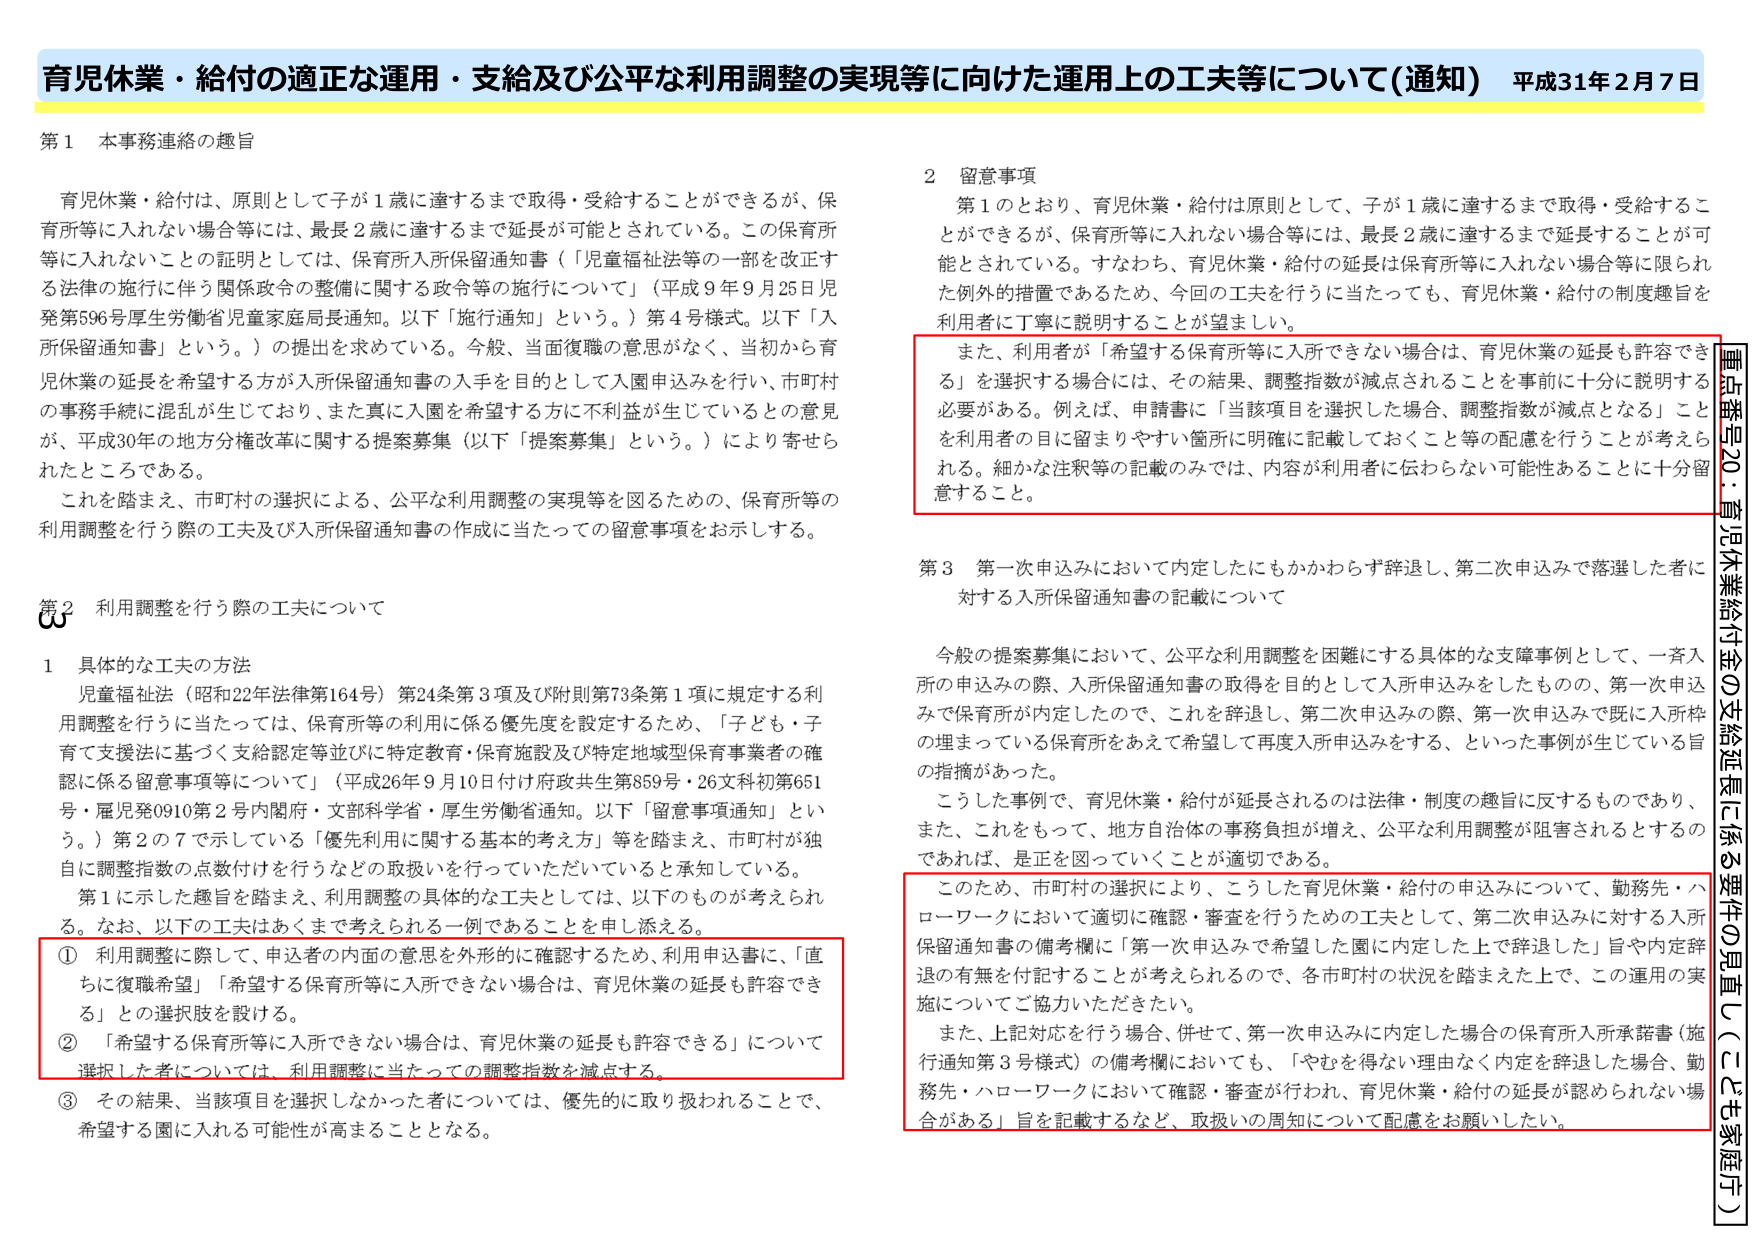
育児休業・給付の適正な運用・支給及び公平な利用調整の実現等に向けた運用上の工夫等について（通知） 平成31年2月7日

第1 本事務連絡の趣旨

育児休業・給付は、原則として子が1歳に達するまで取得・受給することができるが、保育所等に入れない場合等には、最長2歳に達するまで延長が可能とされている。この保育所等に入れないことの証明としては、保育所入所保留通知書（「児童福祉法等の一部を改正する法律の施行に伴う関係政令の整備に関する政令等の施行について」（平成9年9月25日児発第596号厚生労働省児童家庭局長通知。以下「施行通知」という。）第4号様式。以下「入所保留通知書」という。）の提出を求めている。今般、当面復職の意思がなく、当初から育児休業の延長を希望する方が入所保留通知書の入手を目的として入園申込みを行い、市町村の事務手続の混乱が生じており、また真に入園を希望する方にして不利益が生じているとの意見が、平成30年の地方分権改革に関する提案募集（以下「提案募集」という。）により寄せられたところである。

これを踏まえ、市町村の選択による、公平な利用調整の実現等を図るための、保育所等の利用調整を行う際の工夫及び入所保留通知書の作成に当たっての留意事項をお示しする。

第2 利用調整を行う際の工夫について

1 具体的な工夫の方法

児童福祉法（昭和22年法律第164号）第24条第3項及び附則第73条第1項に規定する利用調整を行うに当たっては、保育所等の利用に係る優先度を設定するため、「子ども・子育て支援法に基づく支給認定等並びに特定教育・保育施設及び特定地域型保育事業者の確認に係る留意事項等について」（平成26年9月10日付け府政共生第859号・26文科初第651号・雇児発0910第2号内閣府・文部科学省・厚生労働省通知。以下「留意事項通知」という。）第2の7で示している「優先利用に関する基本的考え方」等を踏まえ、市町村が独自に調整指数の点数付けを行うなどの取扱いを行っていただいていると承知している。

第1に示した趣旨を踏まえ、利用調整の具体的な工夫としては、以下のものが考えられる。なお、以下の工夫はあくまで考えられる一例であることを申し添える。

① 利用調整に際して、申込者の内面的意思を外形的に確認するため、利用申込書に、「直ちに復職希望」「希望する保育所等に入所できない場合は、育児休業の延長も許容できる」との選択肢を設ける。

② 「希望する保育所等に入所できない場合は、育児休業の延長も許容できる」について選択した者については、利用調整に当たっての調整指数を減点する。

③ その結果、当該項目を選択しなかった者については、優先的に取り扱われることで、希望する園に入れる可能性が高まることとなる。

2 留意事項

第1のとおり、育児休業・給付は原則として、子が1歳に達するまで取得・受給することができるが、保育所等に入れない場合等には、最長2歳に達するまで延長することが可能とされている。すなわち、育児休業・給付の延長は保育所等に入れない場合等に限られた例外的措置であるため、今回の工夫を行うに当たっても、育児休業・給付の制度趣旨を利用者に丁寧に説明することが望ましい。

また、利用者が「希望する保育所等に入所できない場合は、育児休業の延長も許容できる」を選択する場合には、その結果、調整指数が減点されることを事前に十分に説明する必要がある。例えば、申請書に「当該項目を選択した場合、調整指数が減点となる」ことを利用者の目に留まりやすい箇所に明確に記載しておくこと等の配慮を行うことが考えられる。細かな注釈等の記載のみでは、内容が利用者に伝わらない可能性あることに十分留意すること。

第3 第一次申込みにおいて内定したにもかかわらず辞退し、第二次申込みで落選した者に対する入所保留通知書の記載について

今般の提案募集において、公平な利用調整を困難にする具体的な支障事例として、一斉入所の申込みの際、入所保留通知書の取得を目的として入所申込みをしたもので、第一次申込みで保育所が内定したので、これを辞退し、第二次申込みの際、第一次申込みで既に入所枠の埋まっている保育所をあえて希望して再度入所申込みをする、といった事例が生じている旨の指摘があった。

こうした事例で、育児休業・給付が延長されるのは法律・制度の趣旨に反するものであり、また、これをもって、地方自治体の事務負担が増え、公平な利用調整が阻害されるとするのであれば、是正を図っていくことが適切である。

このため、市町村の選択により、こうした育児休業・給付の申込みについて、勤務先・ハローワークにおいて適切に確認・審査を行うための工夫として、第二次申込みに対する入所保留通知書の備考欄に「第一次申込みで希望した園に内定した上で辞退した」旨や内定辞退の有無を付記することが考えられるので、各市町村の状況を踏まえた上で、この運用の実施についてご協力いただきたい。

また、上記対応を行う場合、併せて、第一次申込みに内定した場合の保育所入所承諾書（施行通知第3号様式）の備考欄においても、「やむを得ない理由なく内定を辞退した場合、勤務先・ハローワークにおいて確認・審査が行われ、育児休業・給付の延長が認められない場合がある」旨を記載するなど、取扱いの周知について配慮をお願いしたい。

重点番号20：育児休業給付金の支給延長に係る要件の見直し（こども家庭庁）